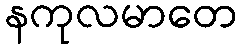
နကုလမာတေ